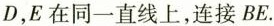
D，E在同一直线上，连接BE.